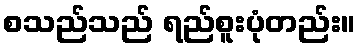
စသည်သည် ရည်စူးပုံတည်း။